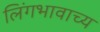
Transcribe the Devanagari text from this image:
लिंगभावाच्य